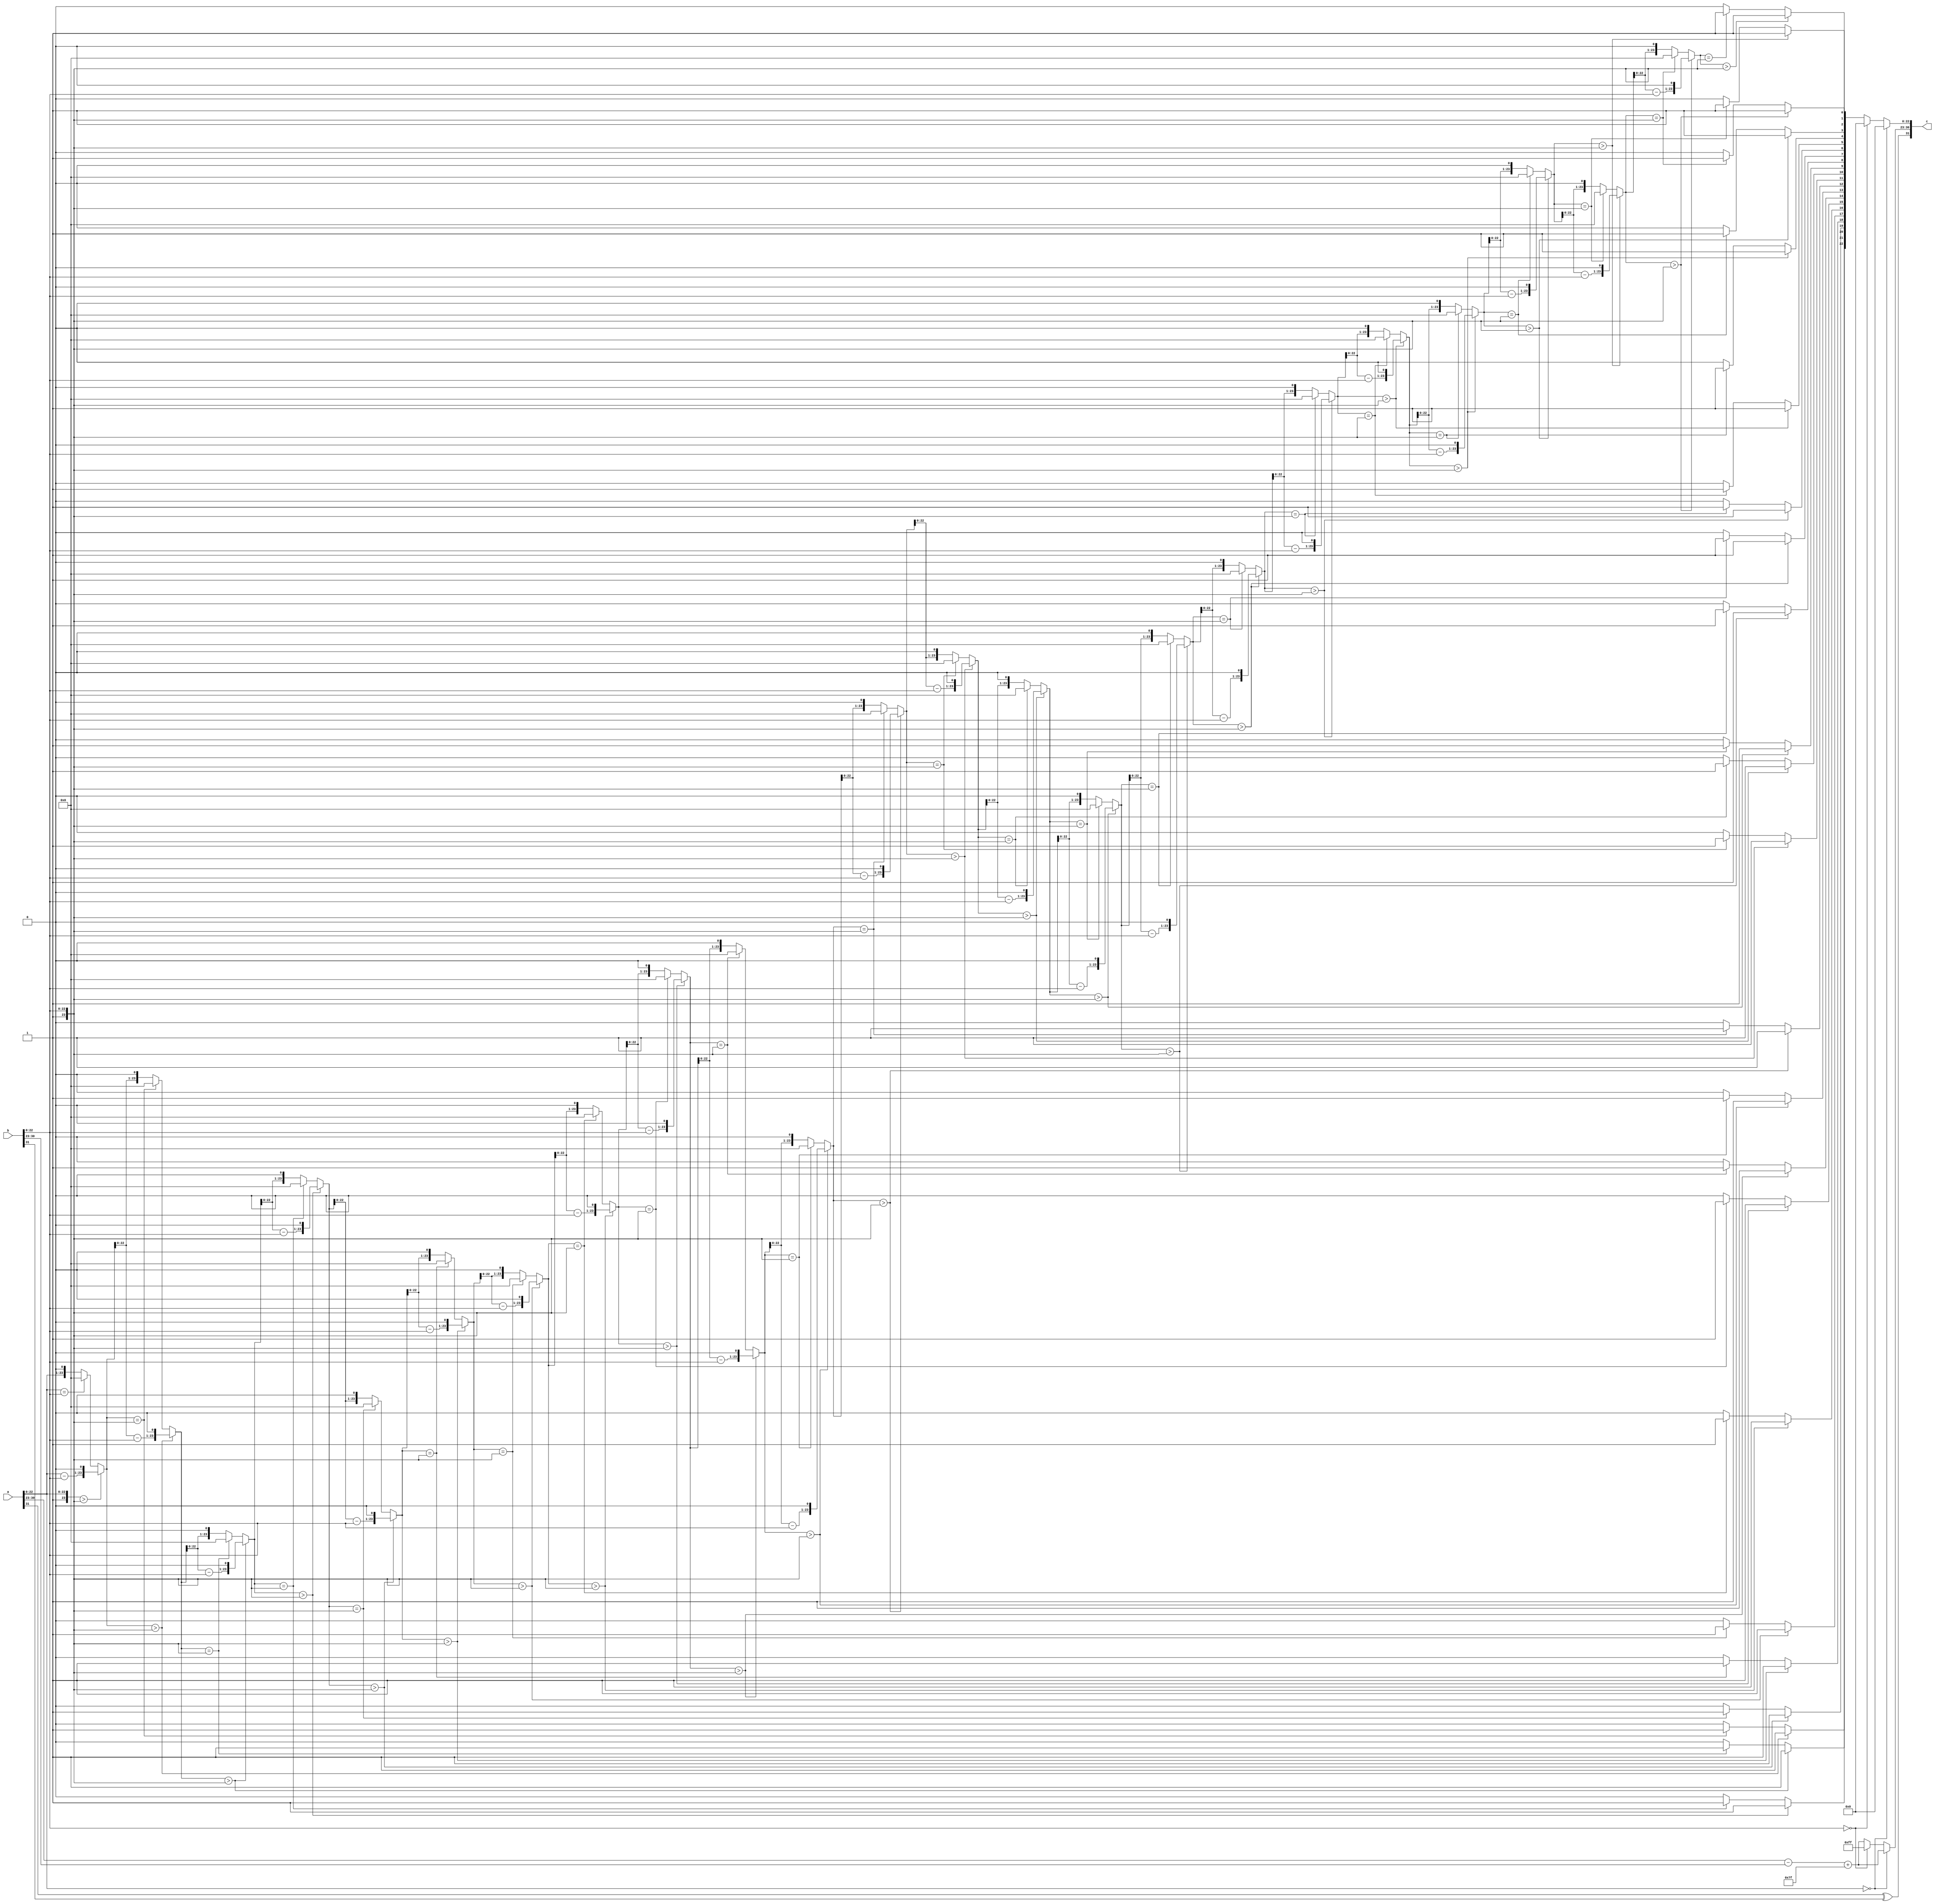
`timescale 1ns / 1ps
//////////////////////////////////////////////////////////////////////////////////
// Company: 
// Engineer: 
// 
// Design Name: 
// Module Name: esa
// Project Name: 
// Target Devices: 
// Tool Versions: 
// Description: 
// 
// Dependencies: 
// 
// Revision:
// Revision 0.01 - File Created
// Additional Comments:
// 
//////////////////////////////////////////////////////////////////////////////////


module esa(a,b,c);
parameter w=32;
parameter m=23;
parameter e=8;

input [w-1:0]a,b;
output [w-1:0]c;


reg a_s,b_s,c_s1;
reg [m:0] a_man,b_man,c_man1;
reg [e-1:0] a_exp,b_exp,c_exp1;

integer i;

always @* begin
a_s=a[w-1];
b_s=b[w-1];
c_s1= a_s^b_s;

a_exp=a[w-2:m];
b_exp=b[w-2:m];
c_exp1= ((a_exp-b_exp)+127);

a_man={1'b1,a[m-1:0]};
b_man={1'b1,b[m-1:0]};

for (i=0;i<24;i=i+1) begin

if(a_man>b_man)
begin
c_man1[m-i]=1'b1;
a_man=a_man-b_man;
a_man=a_man<<1;
end
else begin
if(a_man==b_man)begin
c_man1[m-i]=1'b1;
a_man=0;
end
else begin
c_man1[m-i]=1'b0;
a_man=a_man<<1;
end
end
end
 
if (a[m-1:0]==0)
begin
 c_man1=0;
 
 
end
else if (b[m-1:0]==0)
begin
 c_man1=32'b10000000000000000000000000000000;
 
 c_exp1=255;
 
end

end


assign c={c_s1,c_exp1,c_man1[m-1:0]};
endmodule